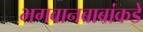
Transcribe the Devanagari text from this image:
भगवानबाबांकडे